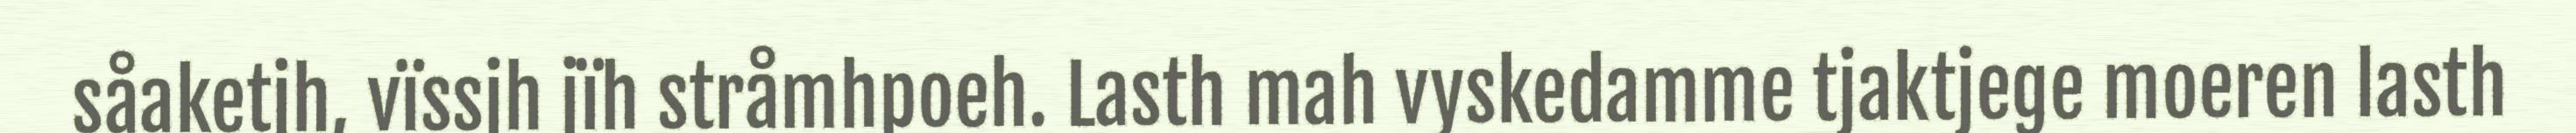
såaketjh, vïssjh jïh stråmhpoeh. Lasth mah vyskedamme tjaktjege moeren lasth